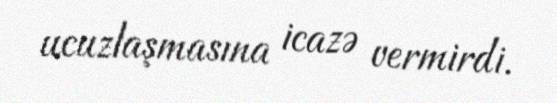
ucuzlaşmasına icazə vermirdi.